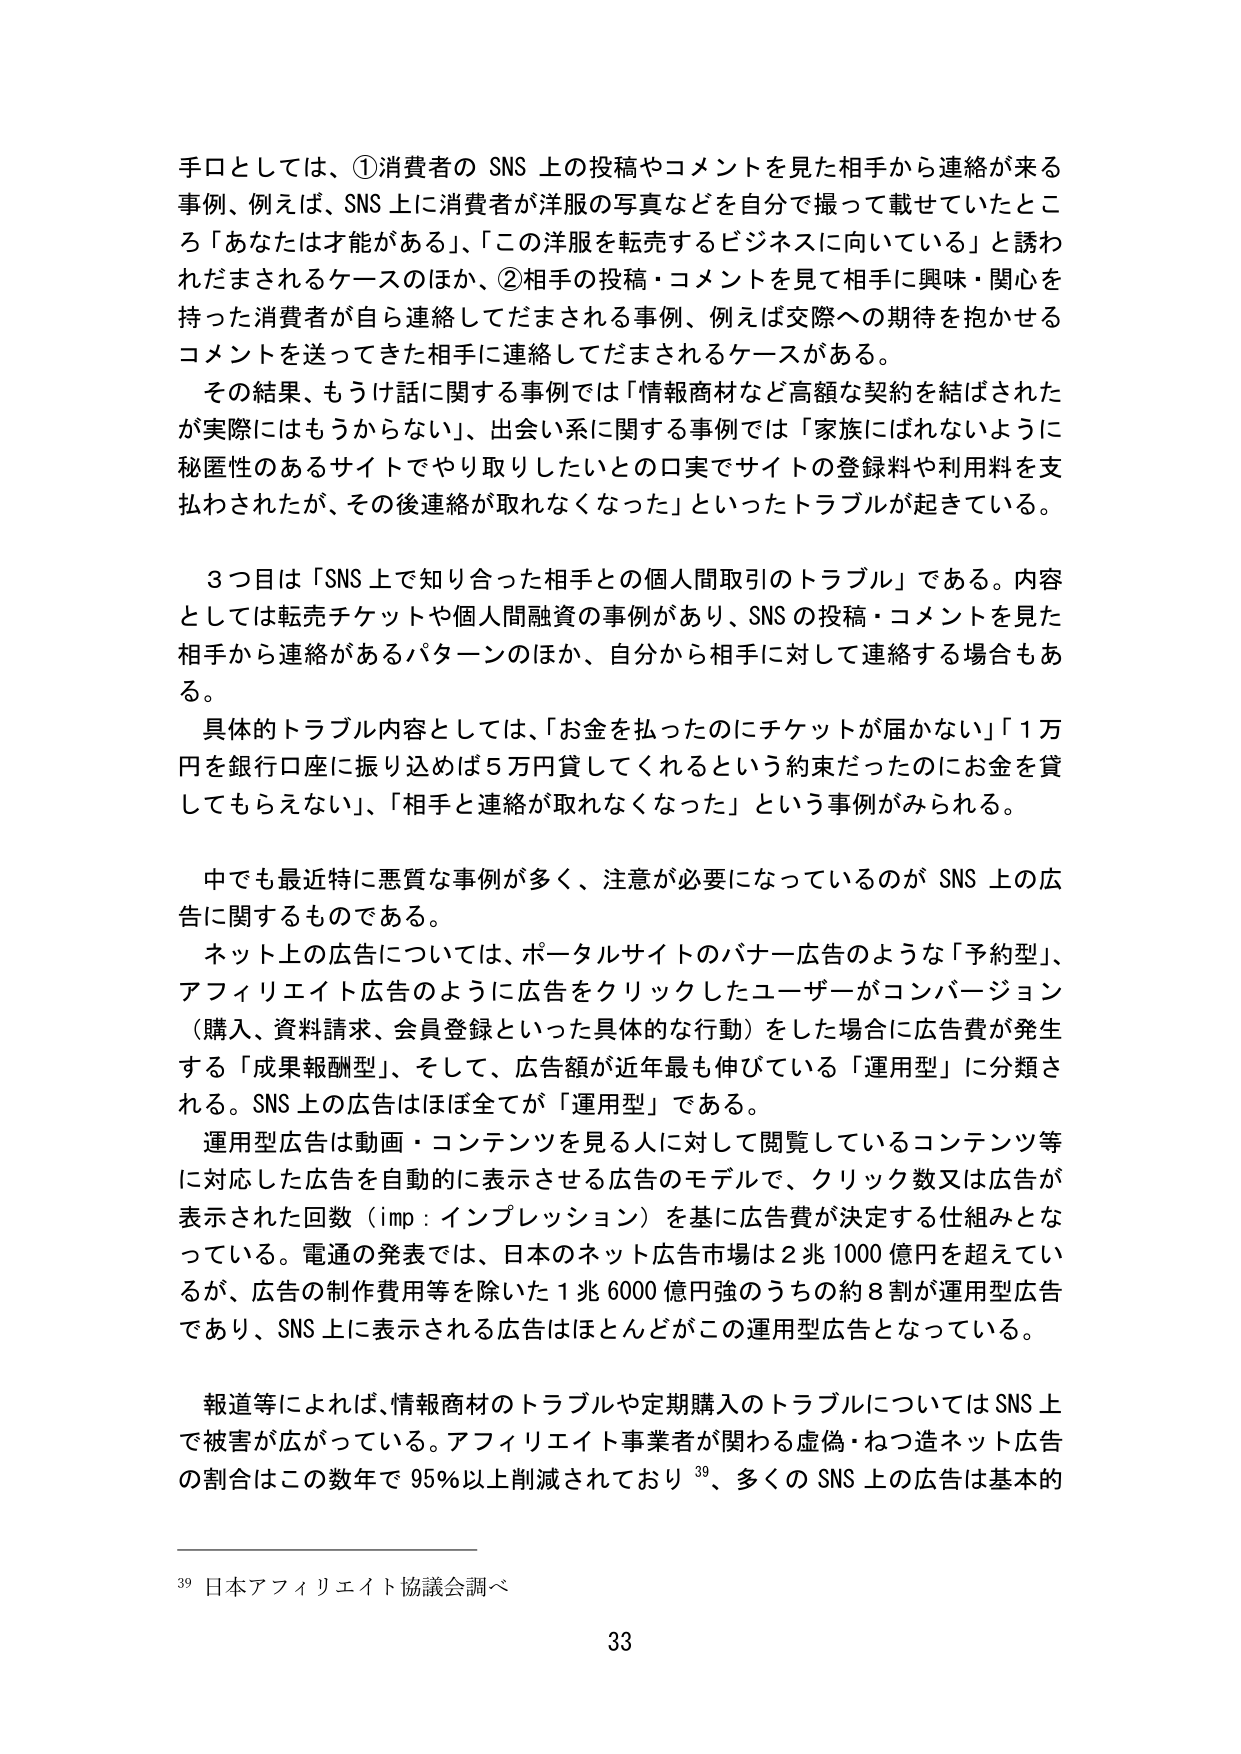
手口としては、①消費者の SNS 上の投稿やコメントを見た相手から連絡が来る事例、例えば、SNS 上に消費者が洋服の写真などを自分で撮って載せていたところ「あなたは才能がある」、「この洋服を転売するビジネスに向いている」と誘われだまされるケースのほか、②相手の投稿・コメントを見て相手に興味・関心を持った消費者が自ら連絡してだまされる事例、例えば交際への期待を抱かせるコメントを送ってきた相手に連絡してだまされるケースがある。

その結果、もうけ話に関する事例では「情報商材など高額な契約を結ばされたが実際にはもうからない」、出会い系に関する事例では「家族にはばれないように秘匿性のあるサイトでやり取りしたいとの口実でサイトの登録料や利用料を支払わされたが、その後連絡が取れなくなった」といったトラブルが起きている。

３つ目は「SNS 上で知り合った相手との個人間取引のトラブル」である。内容としては転売チケットや個人間融資の事例があり、SNS の投稿・コメントを見た相手から連絡があるパターンのほか、自分から相手に対して連絡する場合もある。

具体的トラブル内容としては、「お金を払ったのにチケットが届かない」「１万円を銀行口座に振り込めば５万円貸してくれるという約束だったのにお金を貸してもらえない」、「相手と連絡が取れなくなった」という事例がみられる。

中でも最近特に悪質な事例が多く、注意が必要になっているのが SNS 上の広告に関するものである。

ネット上の広告については、ポータルサイトのバナー広告のような「予約型」、アフィリエイト広告のように広告をクリックしたユーザーがコンバージョン（購入、資料請求、会員登録といった具体的な行動）をした場合に広告費が発生する「成果報酬型」、そして、広告額が近年最も伸びている「運用型」に分類される。SNS 上の広告はほぼ全てが「運用型」である。

運用型広告は動画・コンテンツを見ている人に対して閲覧しているコンテンツ等に対応した広告を自動的に表示させる広告のモデルで、クリック数又は広告が表示された回数（imp：インプレッション）を基に広告費が決定する仕組みとなっている。電通の発表では、日本のネット広告市場は２兆１０００億円を超えているが、広告の制作費用等を除いた１兆６０００億円強のうちの約８割が運用型広告であり、SNS 上に表示される広告はほとんどがこの運用型広告となっている。

報道等によれば、情報商材のトラブルや定期購入のトラブルについては SNS 上で被害が広がっている。アフィリエイト事業者が関わる虚偽・ねつ造ネット広告の割合はこの数年で 95％以上削減されており 39、多くの SNS 上の広告は基本的

39 日本アフィリエイト協議会調べ

33